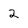
Character: 2